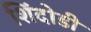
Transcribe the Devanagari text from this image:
शिंदोडी